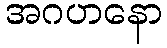
အဂဟနော